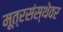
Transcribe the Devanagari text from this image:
मूत्रसंस्थेवर